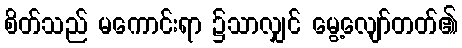
စိတ်သည် မကောင်းရာ ၌သာလျှင် မွေ့လျော်တတ်၏